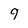
Character: 9